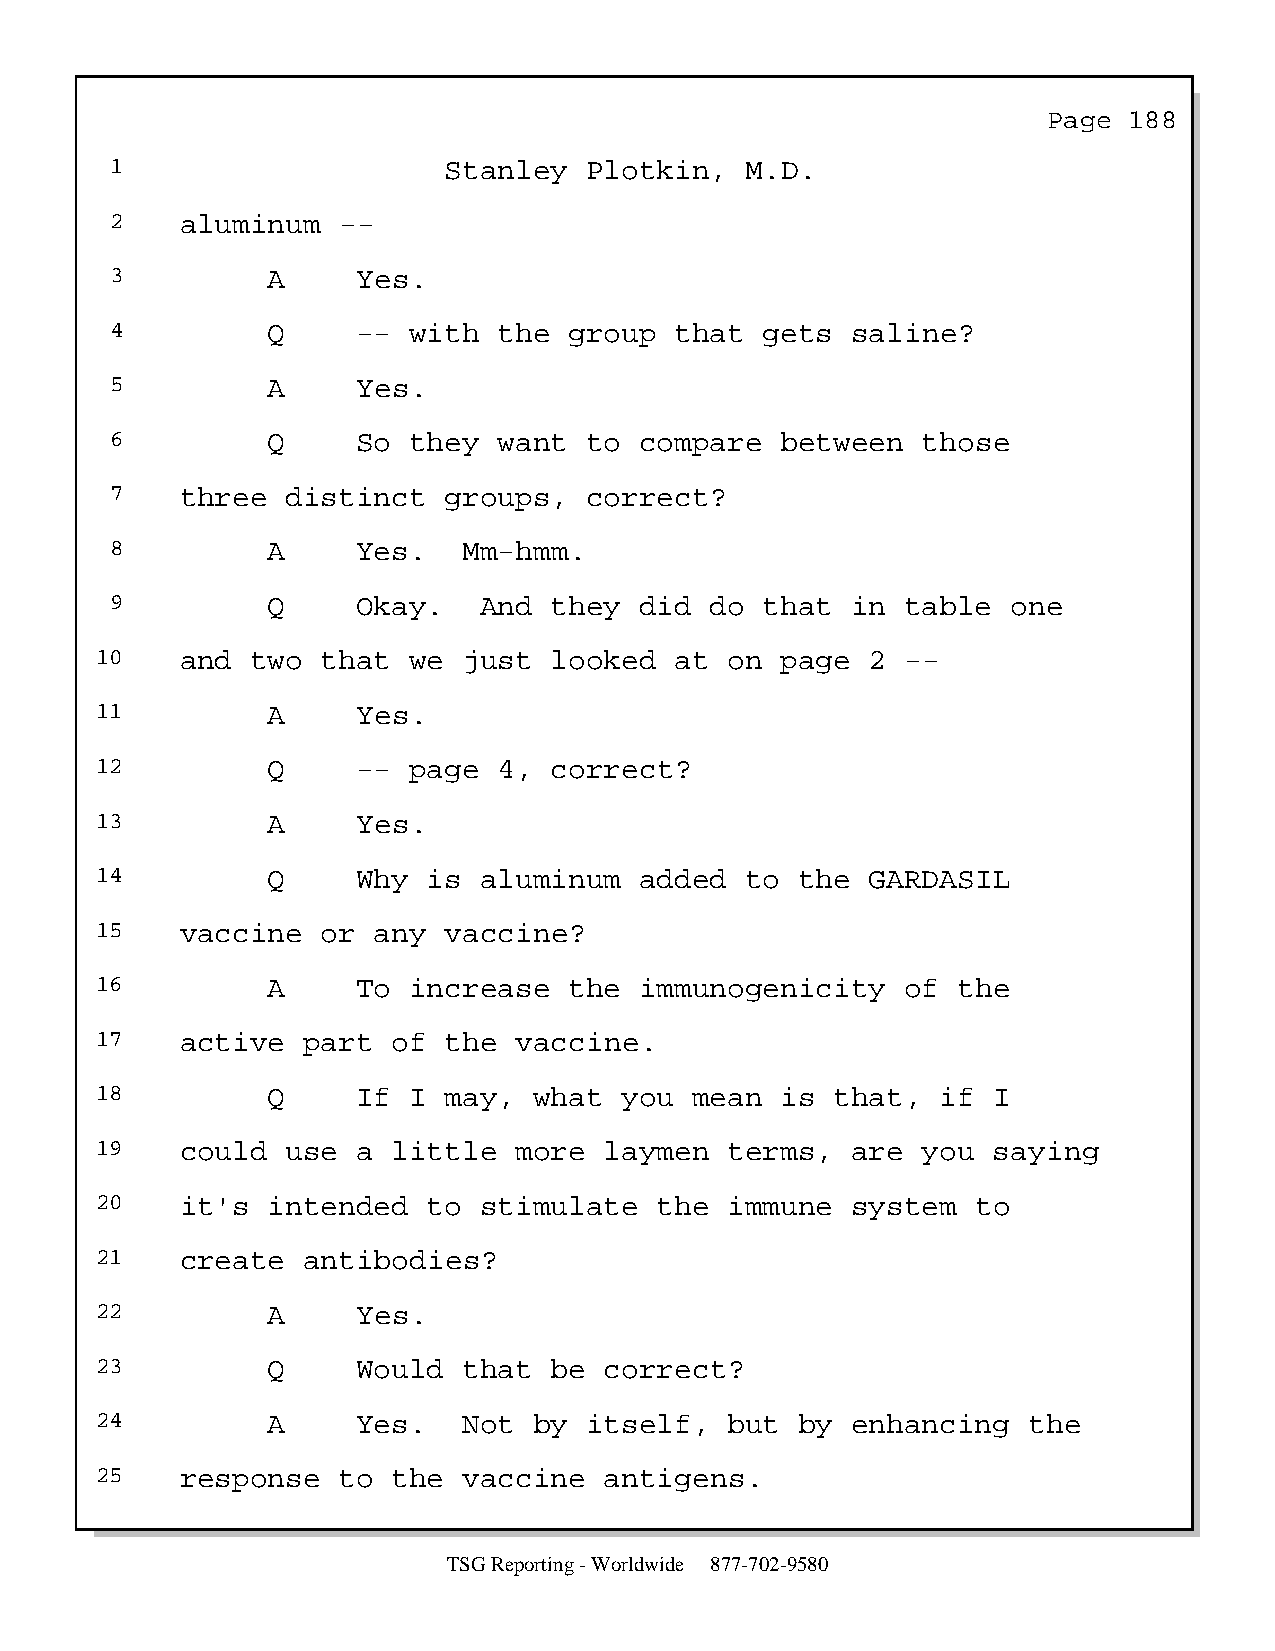
Page  188
 1                     Stanley   Plotkin,  M.D.
 2    aluminum  --
 3          A     Yes.
 4          Q     -- with  the  group  that  gets saline?
 5          A     Yes.
 6          Q     So they  want  to compare   between  those
 7    three  distinct  groups,   correct?
 8          A     Yes.   Mm-hmm.
 9          Q     Okay.   And they  did  do  that in  table  one
 10    and  two that  we  just looked   at on  page  2 --
 11          A     Yes.
 12          Q     -- page  4, correct?
 13          A     Yes.
 14          Q     Why is  aluminum  added  to  the  GARDASIL
 15    vaccine  or  any vaccine?
 16          A     To increase   the immunogenicity    of the
 17    active  part  of the  vaccine.
 18          Q     If I may,  what  you  mean  is that,  if  I
 19    could  use  a little  more  laymen  terms,  are  you  saying
 20    it's  intended  to  stimulate   the immune  system   to
 21    create  antibodies?
 22          A     Yes.
 23          Q     Would  that be  correct?
 24          A     Yes.   Not by  itself,  but  by enhancing   the
 25    response  to  the  vaccine  antigens.
 TSG Reporting - Worldwide 877-702-9580